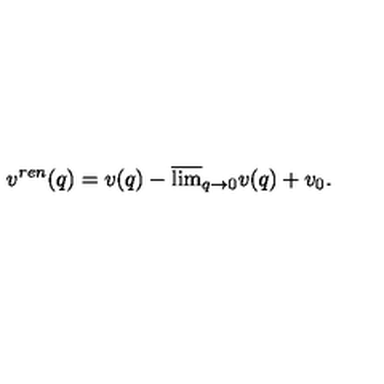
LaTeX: v ^ { r e n } ( q ) = v ( q ) - \overline { { \lim } } _ { q \to 0 } v ( q ) + v _ { 0 } { . }